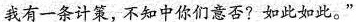
我有一条计策，不知中你们意否?如此如此。